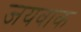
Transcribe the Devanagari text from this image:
जयवाक